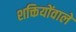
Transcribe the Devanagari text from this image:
शक्तियोंवाले